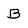
Character: B